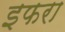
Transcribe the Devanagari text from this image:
इफरा